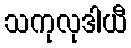
သကုလုဒါယီ